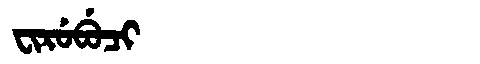
Manchu: ᠸᡳᡵᡠᠪᡠᠴᡳ
Romanization: FIRUBUCI